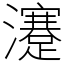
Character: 瀽